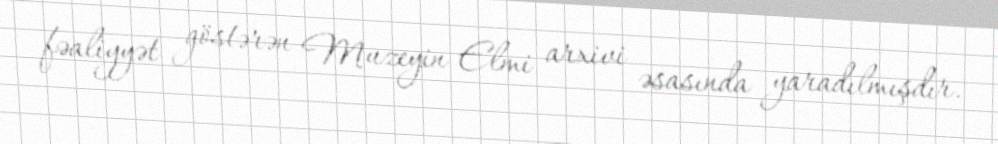
fəaliyyət göstərən Muzeyin Elmi arxivi əsasında yaradılmışdır.